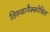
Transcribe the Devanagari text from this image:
तिरुवानैक्कोविल